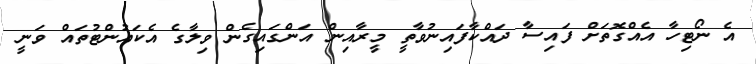
އެ ނޯޓިހާ އެއްގޮތަށް ފައިސާ ދައްކާފައިނުވާތީ މީރާއިން އަންގައިގެން ވިލާގެ އެކައުންޓުތައް ވަނީ